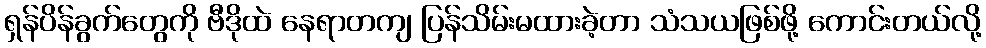
ရှန်ပိန်ခွက်တွေကို ဗီဒိုထဲ နေရာတကျ ပြန်သိမ်းမထားခဲ့တာ သံသယဖြစ်ဖို့ ကောင်းတယ်လို့